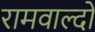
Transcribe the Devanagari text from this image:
रामवाल्दो